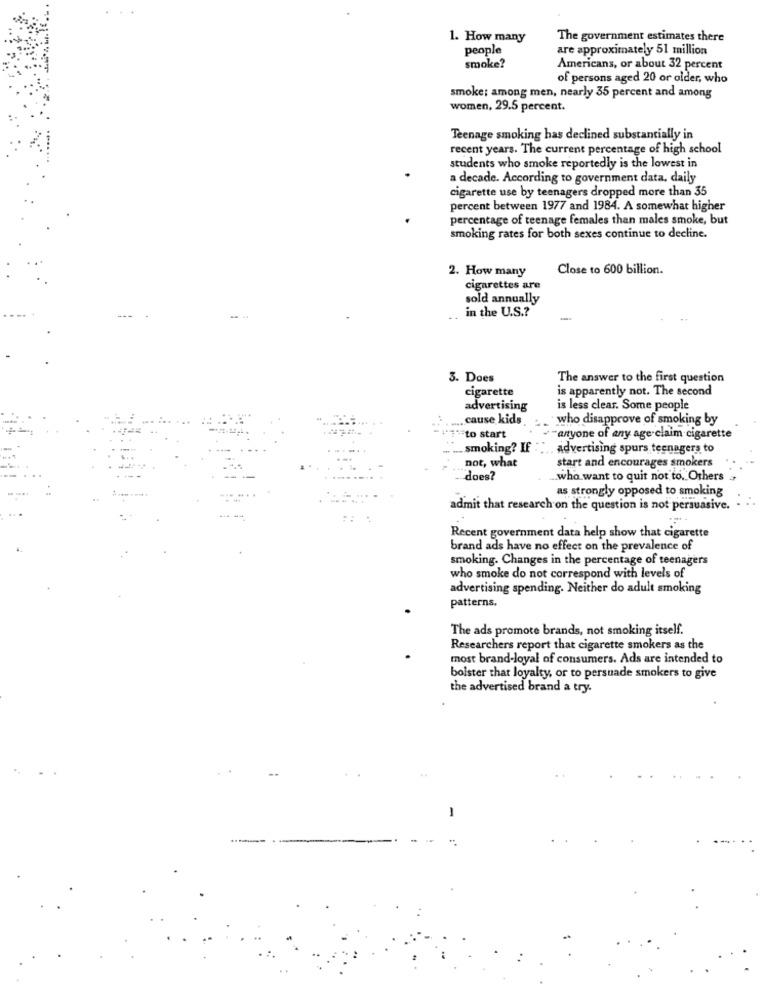
1. How many
The government estimates there
people
are approximately 51 million
smoke?
Americans, or about 32 percent
of persons aged 20 or older, who
smoke; among men, nearly 35 percent and among
women, 29.5 percent.
Teenage smoking has declined substantially in
recent years. The current percentage of high school
students who smoke reportedly is the lowest in
a decade. According to government data. daily
cigarette use by teenagers dropped more than 35
percent between 1977 and 1984. A somewhat higher
percentage of teenage females than males smoke, but
smoking rates for both sexes continue to decline.
2. How many
Close to 600 billion.
cigarettes are
sold annually
in the U.S .?
3. Does
The answer to the first question
cigarette
is apparently not. The second
advertising
is less clear. Some people
cause kids
who disapprove of smoking by
"to start
anyone of any age claim cigarette
.smoking? If :
advertising spurs teenagers to
not, what
start and encourages smokers
does?
.who want to quit not to. Others
as strongly opposed to smoking
admit that research on the question is not persuasive.
Recent government data help show that cigarette
brand ads have no effect on the prevalence of
smoking. Changes in the percentage of teenagers
who smoke do not correspond with levels of
advertising spending. Neither do adult smoking
patterns,
The ads promote brands, not smoking itself.
Researchers report that cigarette smokers as the
most brand-loyal of consumers. Ads are intended to
boister that loyalty, or to persuade smokers to give
the advertised brand a try.
-
---